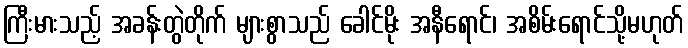
ကြီးမားသည့် အခန်းတွဲတိုက် များစွာသည် ခေါင်မိုး အနီရောင်၊ အစိမ်းရောင်သို့မဟုတ်